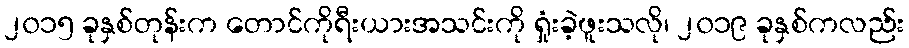
၂၀၁၅ ခုနှစ်တုန်းက တောင်ကိုရီးယားအသင်းကို ရှုံးခဲ့ဖူးသလို၊ ၂၀၁၉ ခုနှစ်ကလည်း